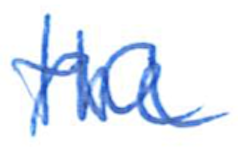
Text: the
Cross-out: mix
Writing tool: ballpoint